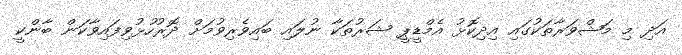
އަދި މި މަޝްވަރާތަކުގައި އިދިކޮޅު އެމްޑީޕީ ޝަރުތަކާ ނުލައި ބައިވެރިވުމަށް ދޮރުހުޅުވިފައިވާކަން ބާންކީ